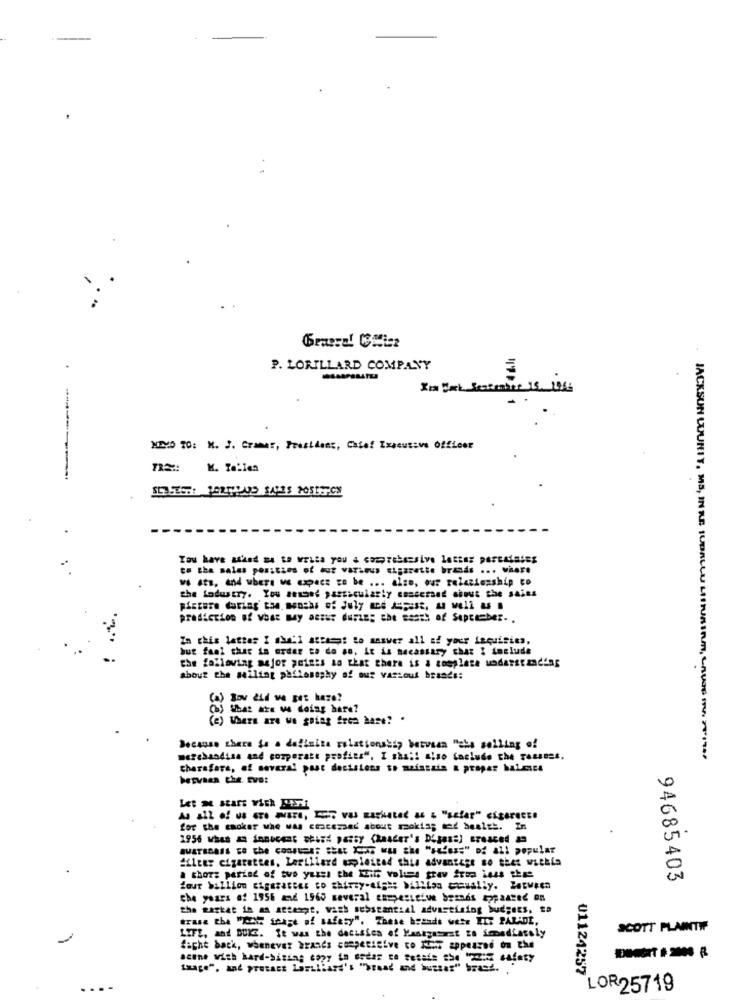
.
P. LORILLARD COMPANY
MENO TO: M. J. Cramer, Precidans, Chief Executive Officer
TRE :: K. Tallen
to the sales por:sins of : var ... ... azette brands ... viere
w sts, and where . specs to be ... also, our relationship to
the industry. You aeased particularly concerned about the saiss
picture during the, months of July and Assist, a well & .
prediction of what my aczur duFin; she Baath of September. .
In this letter I (Mil attempt to answer all of your inquiries,
but faal char in order to do as, it is Becasskry char : include
the following mejor peints so that there is a complete understanding
about the sailing philosophy of our various brands:
(a) Bov did we get here?
(6) What are M doing bare?
(e) WHERE are We going from base? .
Because there to a definita relationship between "aba selling of
merchandise and comperatt profits". I sha ;! also faclude che fossest.
JACKSON CUUNIT, MS, INRE SUBALLU MITRAIRTI, LAURE 1 20194
Charafare, of several past decisions to maintain a proper balance
bervaas the. Eve:
for the cnoker whe was cmacezaed about mokia; med bealtt. In
1956 whas an innocent shish patty Chauder's D'gass) Breaced an
#fler cigarettes. LerLliard ouplaited this advantage so thet within
a short period of two yussi the KEil volume trav from less phet
94685403
four billion cigaretter to thirty-aigh; Million cmually. Between
the years of 1956 and 1965 several esmpesicive brands topaared on
the market in an attempt, wash substantial advertising budgets, sa
trase the "? soage of safety". These hesads wete ITE PARADE,
SCOTT PLANTW
LIFE, and DUKE. It was the decision of Yanayasaest za immediately
fight back, whenever brands competitive co 2 appeared on the
scene with hard-biting copy Lo esdas co Petals the Indif safety
Laage", and protast Laml'art's ">read and huetes" brass.
01124257
LOR25719